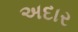
અદાર